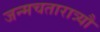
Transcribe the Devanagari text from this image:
जन्मचतारात्र्यौ